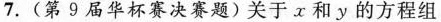
7. (第9届华杯赛决赛题)关于x和y的方程组